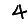
Digit: 4